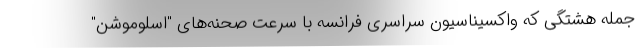
جمله هشتگی که واکسیناسیون سراسری فرانسه با سرعت صحنه‌های "اسلوموشن"